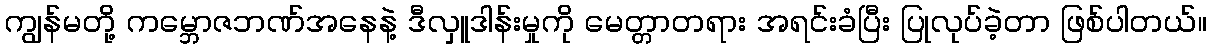
ကျွန်မတို့ ကမ္ဘောဇဘဏ်အနေနဲ့ ဒီလှူဒါန်းမှုကို မေတ္တာတရား အရင်းခံပြီး ပြုလုပ်ခဲ့တာ ဖြစ်ပါတယ်။